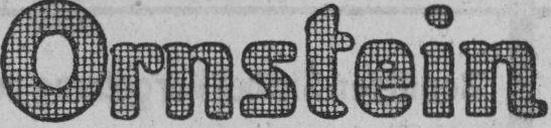
Ornstein